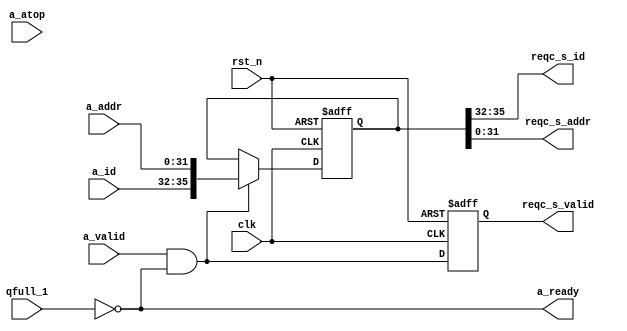
/*
 * My RISC-V RV32I CPU
 *  request channel subordinate
 *    Verilog code
 * @auther		Yoshiki Kurokawa <yoshiki.k963@gmail.com>
 * @copylight	2024 Yoshiki Kurokawa
 * @license		https://opensource.org/licenses/MIT     MIT license
 * @version		0.1
 */

module req_chan_subo (
	input clk,
	input rst_n,
	// bus signals
	input a_valid,
	output  a_ready,
	input [3:0] a_id,
	input [31:0] a_addr,
	input [5:0] a_atop, // currently not used
	// signals other side
	input qfull_1,
	output reqc_s_valid,
	output [3:0] reqc_s_id,
	output [31:0] reqc_s_addr

	);

// no address decoder : just 1 subordinate exists
assign a_ready = ~qfull_1;

wire id_addr_wen = a_valid & a_ready;
reg [35:0] id_addr_lat;
reg id_addr_wen_1lat;

always @ (posedge clk or negedge rst_n) begin
    if (~rst_n)
        id_addr_lat <= 36'd0;
    else if (id_addr_wen)
		id_addr_lat <= { a_id, a_addr };
end

always @ (posedge clk or negedge rst_n) begin
    if (~rst_n)
        id_addr_wen_1lat <= 1'b0;
    else
		id_addr_wen_1lat <= id_addr_wen;
end

assign reqc_s_valid = id_addr_wen_1lat;
assign reqc_s_id = id_addr_lat[35:32];
assign reqc_s_addr = id_addr_lat[31:0];

endmodule